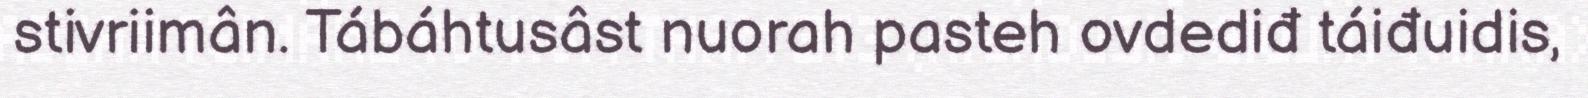
stivriimân. Tábáhtusâst nuorah pasteh ovdediđ táiđuidis,